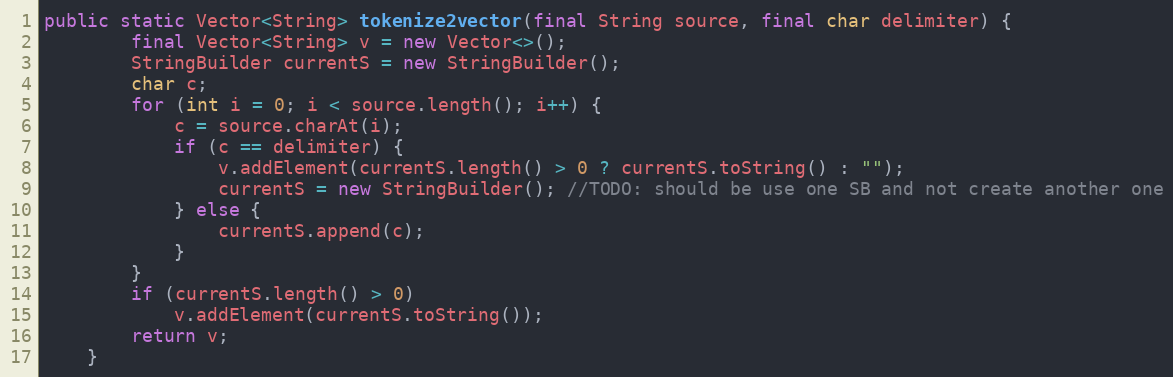
Language: Java
public static Vector<String> tokenize2vector(final String source, final char delimiter) {
		final Vector<String> v = new Vector<>();
		StringBuilder currentS = new StringBuilder();
		char c;
		for (int i = 0; i < source.length(); i++) {
			c = source.charAt(i);
			if (c == delimiter) {
				v.addElement(currentS.length() > 0 ? currentS.toString() : "");
				currentS = new StringBuilder(); //TODO: should be use one SB and not create another one
			} else {
				currentS.append(c);
			}
		}
		if (currentS.length() > 0)
			v.addElement(currentS.toString());
		return v;
	}